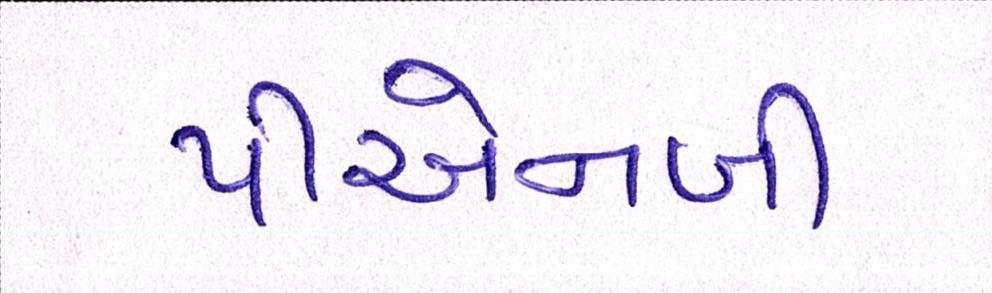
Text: પીએનબી